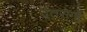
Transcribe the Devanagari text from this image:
दंतरोगों